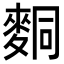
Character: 𪌢